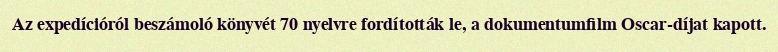
Az expedícióról beszámoló könyvét 70 nyelvre fordították le, a dokumentumfilm Oscar-díjat kapott.